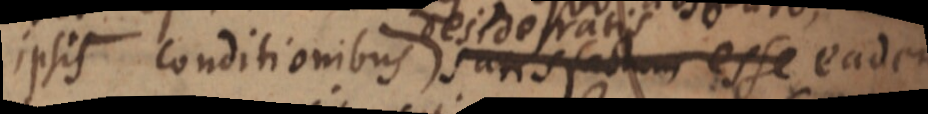
ipsis conditionibus satisfactum esse eadem